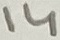
Text: 14